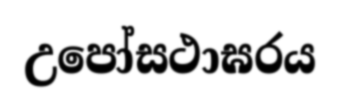
උපෝසථාඝරය